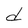
Character: d